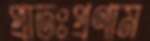
প্রাতঃপ্রণাম